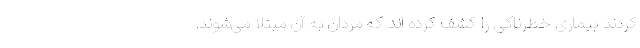
کردند بیماری خطرناکی را کشف کرده اند که مردان به آن مبتلا می‌شوند.